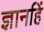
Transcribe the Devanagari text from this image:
ज्ञानहिं